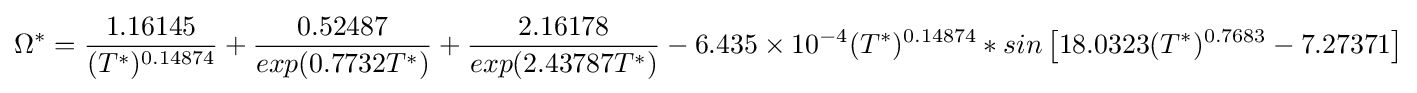
\Omega ^{*}={\frac {1.16145}{(T^{*})^{0.14874}}}+{\frac {0.52487}{exp(0.7732T^{*})}}+{\frac {2.16178}{exp(2.43787T^{*})}}-6.435\times 10^{-4}(T^{*})^{0.14874}*sin\left[18.0323(T^{*})^{0.7683}-7.27371\right]